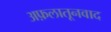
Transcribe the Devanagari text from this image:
अफ़लातूनवाद